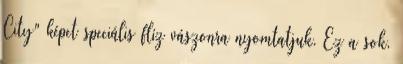
City" képet speciális flíz vászonra nyomtatjuk. Ez a sok,